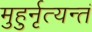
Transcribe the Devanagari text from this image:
मुहुर्नृत्यन्तं